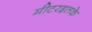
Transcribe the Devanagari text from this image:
मीटरइतके